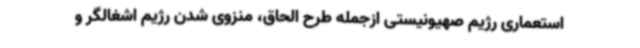
استعماری رژیم صهیونیستی ازجمله طرح الحاق، منزوی شدن رژیم اشغالگر و